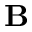
{ \bf B }